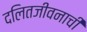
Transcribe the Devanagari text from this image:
दलितजीवनाची